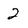
Character: 2